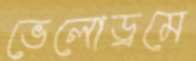
ভেলোড্রমে